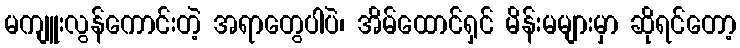
မကျူးလွန်ကောင်းတဲ့ အရာတွေပါပဲ၊ အိမ်ထောင်ရှင် မိန်းမများမှာ ဆိုရင်တော့